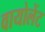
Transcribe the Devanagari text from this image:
वायोलेंट